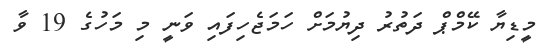
މީޑިޔާ ކޭމްޕް ދަތުރު ދިޔުމަށް ހަމަޖެހިފައި ވަނީ މި މަހުގެ 19 ވާ